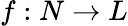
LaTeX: f:N\to L